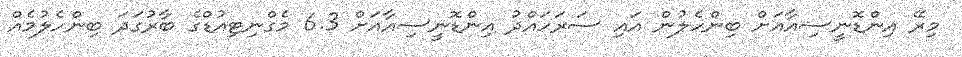
މިރޭ އިންޑޮނީސިއާއަށް ބިންހެލުން އައި ސަރަހައްދު އިންޑޮނީސިއާއަށް 6.3 މެގްނިޓިއުޑްގެ ބާރުގަދަ ބިންހެލުމެއް